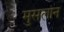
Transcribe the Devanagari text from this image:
मुसलान